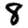
Digit: 8